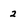
Character: 2